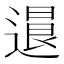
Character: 𨕻